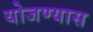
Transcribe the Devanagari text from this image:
योजण्यास